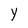
Character: Y